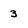
Character: 3